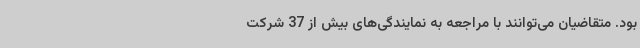
بود. متقاضیان می‌توانند با مراجعه به نمایندگی‌های بیش از 37 شرکت